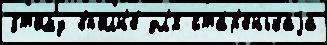
э́тому вполн'е́ дл'я ста́р'енькаjа